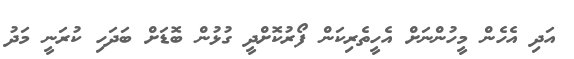
އަދި އެހެން މީހުންނަށް އެހީތެރިކަން ފޯރުކޮށްދީ ގުޅުން ބޮޑަށް ބަދަހި ކުރަނީ މަދު